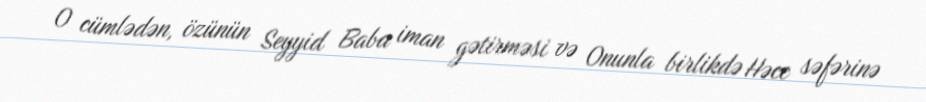
O cümlədən, özünün Seyyid Baba iman gətirməsi və Onunla birlikdə Həcc səfərinə